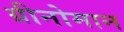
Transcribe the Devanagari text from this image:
ग्रीनोमान